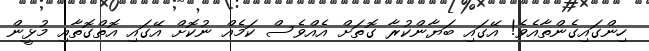
ހިންގައިގެންތާއެވެ! އޭގައި ބަޔާންކުރާ ގޮތަށް އެއްވެސް ކަމެއް ނުކޮށް އޭގައި އޮތްގޮތާއި މުޅީން